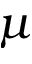
\mu